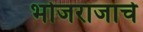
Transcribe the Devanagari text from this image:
भोजराजाचे